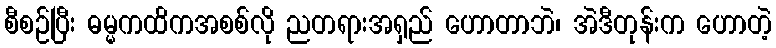
စီစဉ်ပြီး ဓမ္မကထိကအစစ်လို ညတရားအရှည် ဟောတာဘဲ၊ အဲဒီတုန်းက ဟောတဲ့